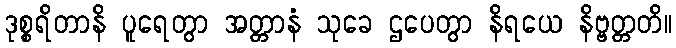
ဒုစ္စရိတာနိ ပူရေတွာ အတ္တာနံ သုခေ ဌပေတွာ နိရယေ နိဗ္ဗတ္တတိ။